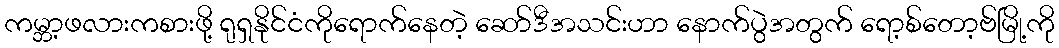
ကမ္ဘာ့ဖလားကစားဖို့ ရုရှနိုင်ငံကိုရောက်နေတဲ့ ဆော်ဒီအသင်းဟာ နောက်ပွဲအတွက် ရော့စ်တော့ဗ်မြို့ကို